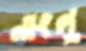
নাংলু